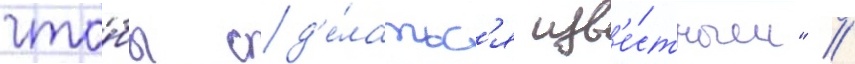
что́бы сд'е́латьс'я изв'е́стным" //